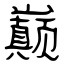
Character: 巅